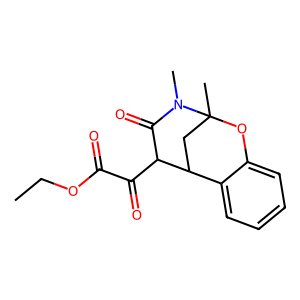
SMILES: CCOC(=O)C(=O)C1C(=O)N(C)C2(C)CC1c1ccccc1O2
Inhibits HIV replication: No